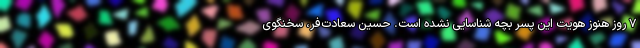
۷ روز هنوز هویت این پسر بچه شناسایی نشده است. حسین سعادت‌فر، سخنگوی